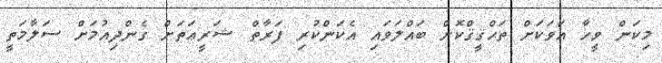
މިކަން ވީހާ އަވަކަށް ތަޙްޤީޤްކޮށް ބައްލަވައި އެކަންކުރި ފަރާތް ޝަރީޢަތަށް ގެންދިއުމަށް ސަލާމަތީ